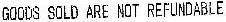
GOODS SOLD ARE NOT REFUNDABLE